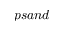
p s a n d